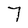
Character: 7